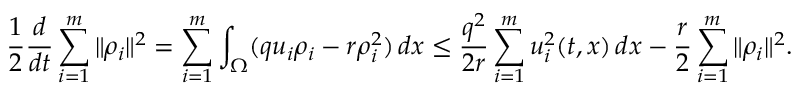
\frac { 1 } { 2 } \frac { d } { d t } \sum _ { i = 1 } ^ { m } \| \rho _ { i } \| ^ { 2 } = \sum _ { i = 1 } ^ { m } \int _ { \Omega } ( q u _ { i } \rho _ { i } - r \rho _ { i } ^ { 2 } ) \, d x \leq \frac { q ^ { 2 } } { 2 r } \sum _ { i = 1 } ^ { m } u _ { i } ^ { 2 } ( t , x ) \, d x - \frac { r } { 2 } \sum _ { i = 1 } ^ { m } \| \rho _ { i } \| ^ { 2 } .